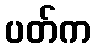
ပတ်က